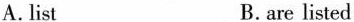
A. list B. are listed